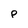
Character: P